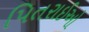
પિતરાઈઓ